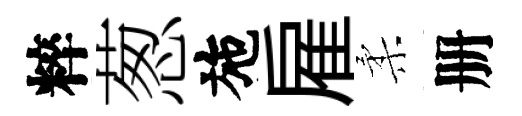
粹葱施雇柔册